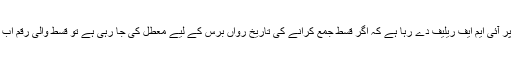
انہوں نے مزید بتایا کہ انھی شرائط پر آئی ایم ایف ریلیف دے رہا ہے کہ اگر قسط جمع کرانے کی تاریخ رواں برس کے لیے معطل کی جا رہی ہے تو قسط والی رقم اب فلاح و بہبود پر خرچ کیا جائے گی۔